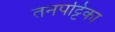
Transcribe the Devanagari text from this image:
तनपट्टिका